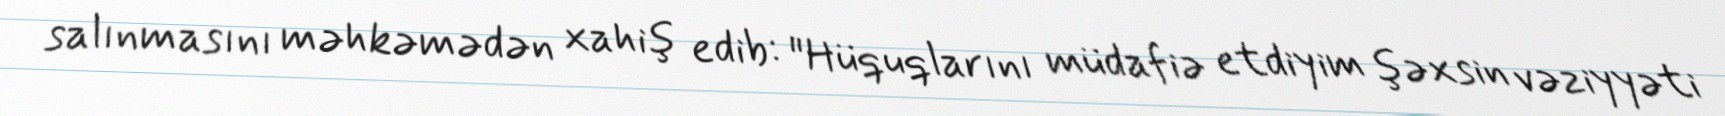
salınmasını məhkəmədən xahiş edib: "Hüquqlarını müdafiə etdiyim şəxsin vəziyyəti